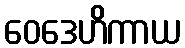
ဝေဒေဟိကာယ